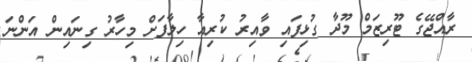
ރާއްޖޭގެ ޓޫރިޒަމް މޫދާ ގުޅިފައި ވާއިރު ކުރިއާ ހިލާފަށް މިހާރު ގިނައިން އަންނަ